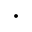
\cdot